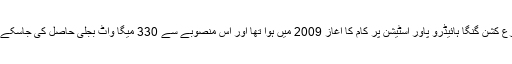
متنازع کشن گنگا ہائیڈرو پاور اسٹیشن پر کام کا آغاز 2009 میں ہوا تھا اور اس منصوبے سے 330 میگا واٹ بجلی حاصل کی جاسکے گی۔